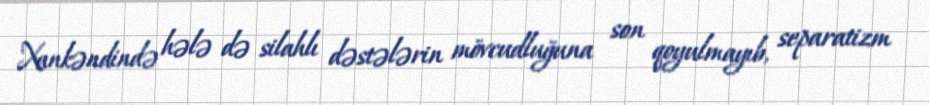
Xankəndində hələ də silahlı dəstələrin mövcudluğuna son qoyulmayıb, separatizm